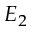
E _ { 2 }